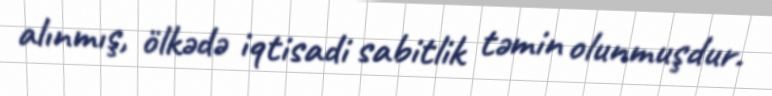
alınmış, ölkədə iqtisadi sabitlik təmin olunmuşdur.